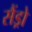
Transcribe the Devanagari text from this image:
सैंड्रो